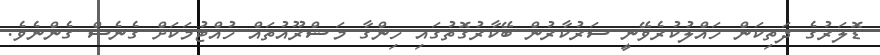
ޑޮލަރުގެ ދަތިކަން ހައްލުކުރެވޭނީ ސަރުކާރުން ބޭކާރުގޮތުގައި ހިންގާ މަޝްރޫއުތައް ހުއްޓުމަކަށް ގެނެސް ގެންނެވެ.